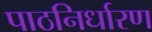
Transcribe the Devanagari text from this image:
पाठनिर्धारण